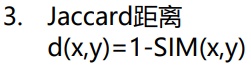
3. Jaccard距离
$d(x,y)=1-\mathrm{SIM}(x,y)$